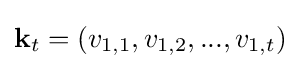
\mathbf {k} _{t}=(v_{1,1},v_{1,2},...,v_{1,t})